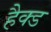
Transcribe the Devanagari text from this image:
हैक्ड